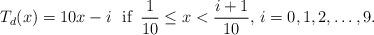
LaTeX: \begin{align*} T_d(x) = 10x - i \, \, \mbox{ if } \, \frac{1}{10} \leq x < \frac{i+1}{10}, \, i=0, 1, 2, \ldots, 9.\end{align*}